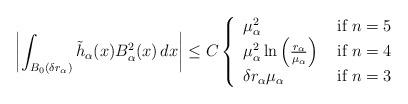
LaTeX: \begin{align*}\left\vert\int_{B_0(\delta r_\alpha)}\tilde{h}_\alpha(x) B_\alpha^2(x)\, dx\right\vert\leq C \left\{\begin{array}{ll}\mu_\alpha^2&\hbox{ if }n=5\\\mu_\alpha^2 \ln\left(\frac{r_\alpha}{\mu_\alpha}\right)&\hbox{ if }n=4\\\delta r_\alpha\mu_\alpha&\hbox{ if }n=3\\\end{array}\right. \end{align*}